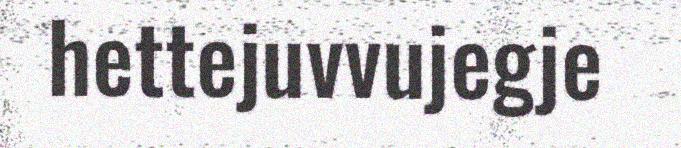
hettejuvvujegje